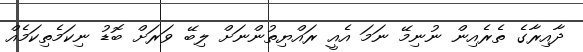
ދާއިރާގެ ތެރެއިން ނުނިމޭ ނަމަ އެއީ ރައްޔިތުންނަށް ލިބޭ ވަރަށް ބޮޑު ނިކަމެތިކަމެއް